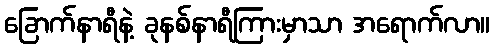
ခြောက်နာရီနဲ့ ခုနစ်နာရီကြားမှာသာ အရောက်လာ။